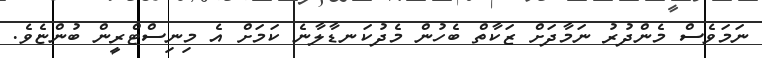
ނަމަވެސް މެންދުރު ނަމާދަށް ޒަކާތް ބެހުން މެދުކަނޑާލާނެ ކަމަށް އެ މިނިސްޓްރީން ބުންޏެވެ.